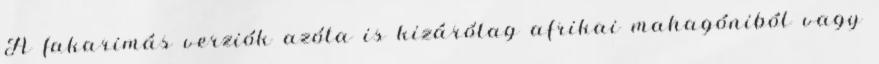
A fakarimás verziók azóta is kizárólag afrikai mahagóniból vagy